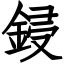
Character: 鋟